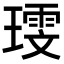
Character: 𪼗